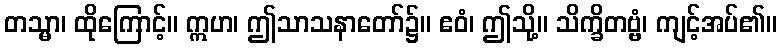
တသ္မာ၊ ထိုကြောင့်။ ဣဟ၊ ဤသာသနာတော်၌။ ဧဝံ၊ ဤသို့။ သိက္ခိတဗ္ဗံ၊ ကျင့်အပ်၏။